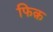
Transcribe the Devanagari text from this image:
फिक़